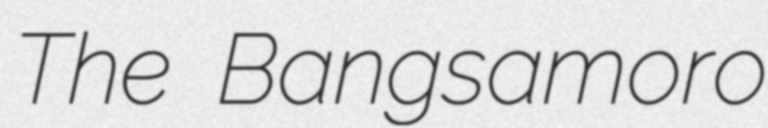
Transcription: The Bangsamoro